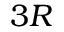
3 R